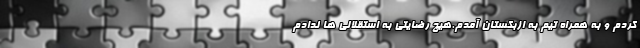
کردم و به همراه تیم به ازبکستان آمدم.هیچ رضایتی به استقلالی ها ندادم